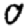
Digit: 0